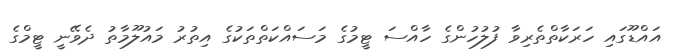
އައްޑޫގައި ހަރަކާތްތެރިވާ ފުލުހުންގެ ހާއްސަ ޓީމުގެ މަސައްކަތްތަކުގެ އިތުރު މައުލޫމާތު ދެވޭނީ ޓީމްގެ